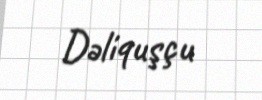
Dəliquşçu